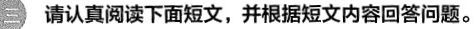
三 请认真阅读下面短文,并根据短文内容回答问题。